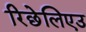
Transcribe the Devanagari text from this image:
रिछेलिएउ